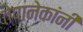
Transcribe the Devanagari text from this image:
तेपानेकांनी